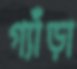
গ্যাঁড়া